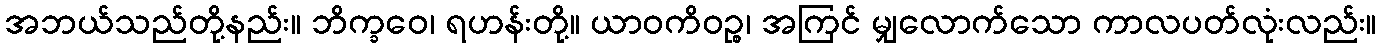
အဘယ်သည်တို့နည်း။ ဘိက္ခဝေ၊ ရဟန်းတို့။ ယာဝကိဝဉ္စ၊ အကြင် မျှလောက်သော ကာလပတ်လုံးလည်း။